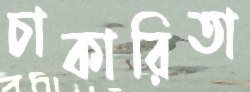
চাকারিতা